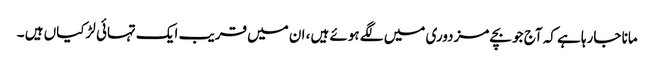
مانا جارہا ہے کہ آج جو بچے مزدوری میں لگے ہوئے ہیں، ان میں قریب ایک تہائی لڑکیاں ہیں ۔